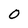
Character: O